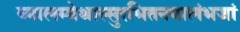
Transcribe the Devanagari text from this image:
व्यालम्बेथास्सुरभितनयालंभजां